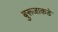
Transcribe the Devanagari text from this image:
बुरूजाकडे